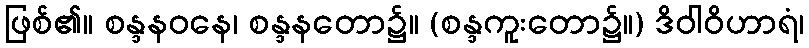
ဖြစ်၏။ စန္ဒနဝနေ၊ စန္ဒနတော၌။ (စန္ဒကူးတော၌။) ဒိဝါဝိဟာရံ၊